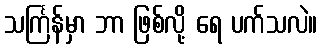
သင်္ကြန်မှာ ဘာ ဖြစ်လို့ ရေ ပက်သလဲ။